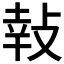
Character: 𢽞